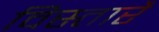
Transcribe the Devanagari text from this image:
विस्तारै